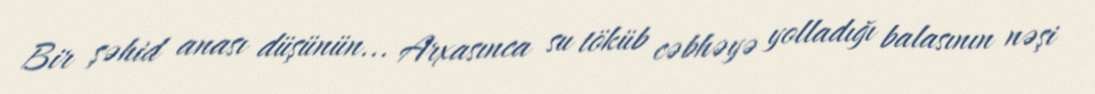
Bir şəhid anası düşünün... Arxasınca su töküb cəbhəyə yolladığı balasının nəşi